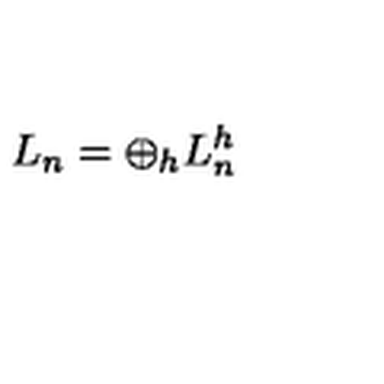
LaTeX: L _ { n } = \displaystyle \oplus _ { h } L _ { n } ^ { h }